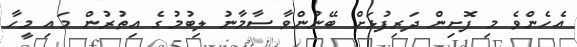
އެހެންވެ މި ފޮށިން ދަރިފުޅަށް ބޭނުންވާ ސާމާނު ލިބުމުގެ އިތުރުން މައި މީހާ